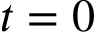
t = 0